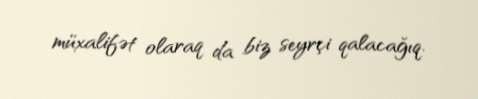
müxalifət olaraq da biz seyrçi qalacağıq.